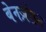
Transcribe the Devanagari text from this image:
बेनज़ोइन